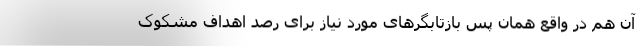
آن هم در واقع همان پس بازتابگرهای مورد نیاز برای رصد اهداف مشکوک